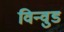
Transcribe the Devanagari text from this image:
विन्वुड